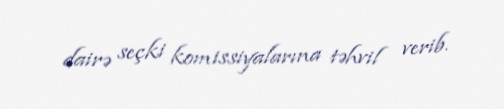
dairə seçki komissiyalarına təhvil verib.